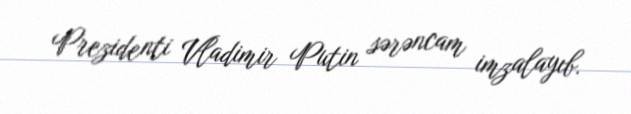
Prezidenti Vladimir Putin sərəncam imzalayıb.